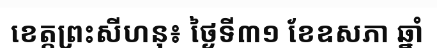
ខេត្តព្រះសីហនុ៖ ថ្ងៃទី៣១ ខែឧសភា ឆ្នាំ